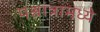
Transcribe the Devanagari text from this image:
पश्चांत्रामध्ये